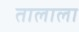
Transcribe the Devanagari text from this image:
तालाला